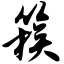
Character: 簇